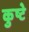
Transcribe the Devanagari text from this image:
कुष्टे